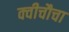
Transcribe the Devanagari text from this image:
क्वीचौचा